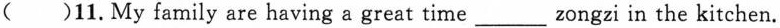
( )11.My family are having a great time___zongzi in the kitchen.